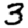
Digit: 3